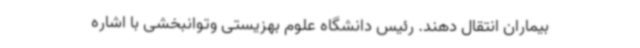
بیماران انتقال دهند. رئیس دانشگاه علوم بهزیستی وتوانبخشی با اشاره